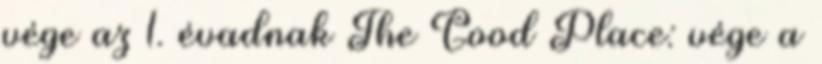
vége az 1. évadnak The Good Place: vége a